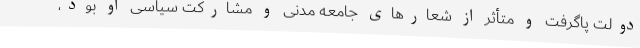
دولت پا‌گرفت و متأثر از شعارهای جامعه مدنی و مشارکت سیاسی او بود‌،